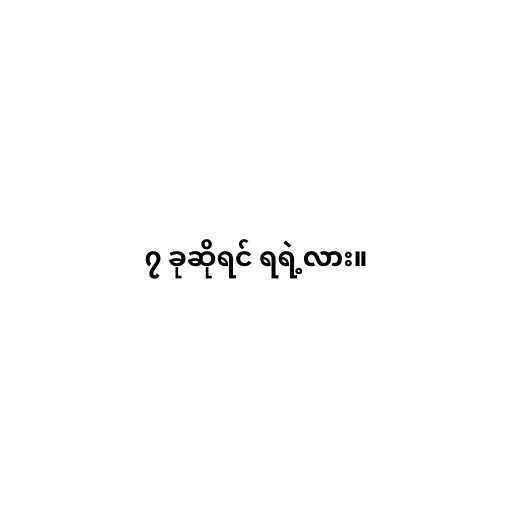
၇ ခုဆိုရင် ရရဲ့လား။